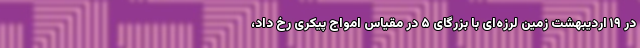
در ۱۹ اردیبهشت زمین لرزه‌ای با بزرگای ۵ در مقیاس امواج پیکری رخ داد،